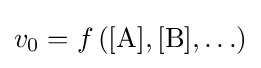
v_{0}=f\left([\mathrm {A} ],[\mathrm {B} ],\ldots \right)